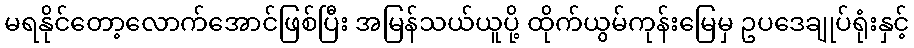
မရနိုင်တော့လောက်အောင်ဖြစ်ပြီး အမြန်သယ်ယူပို့ ထိုက်ယွမ်ကုန်းမြေမှ ဥပဒေချုပ်ရုံးနှင့်